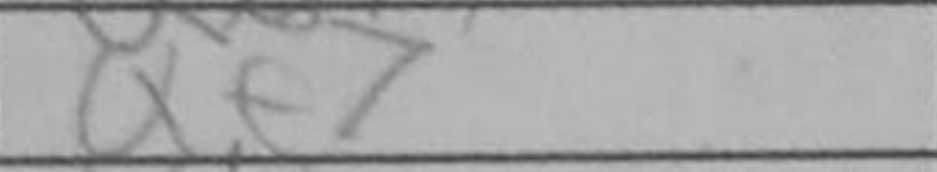
Transcription: Qe7